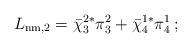
LaTeX: \begin{align*}L_{\rm nm,2} = {\bar\chi}_3^{2*} \pi_3^2 + {\bar\chi}_4^{1*} \pi_4^1 \, ;\end{align*}